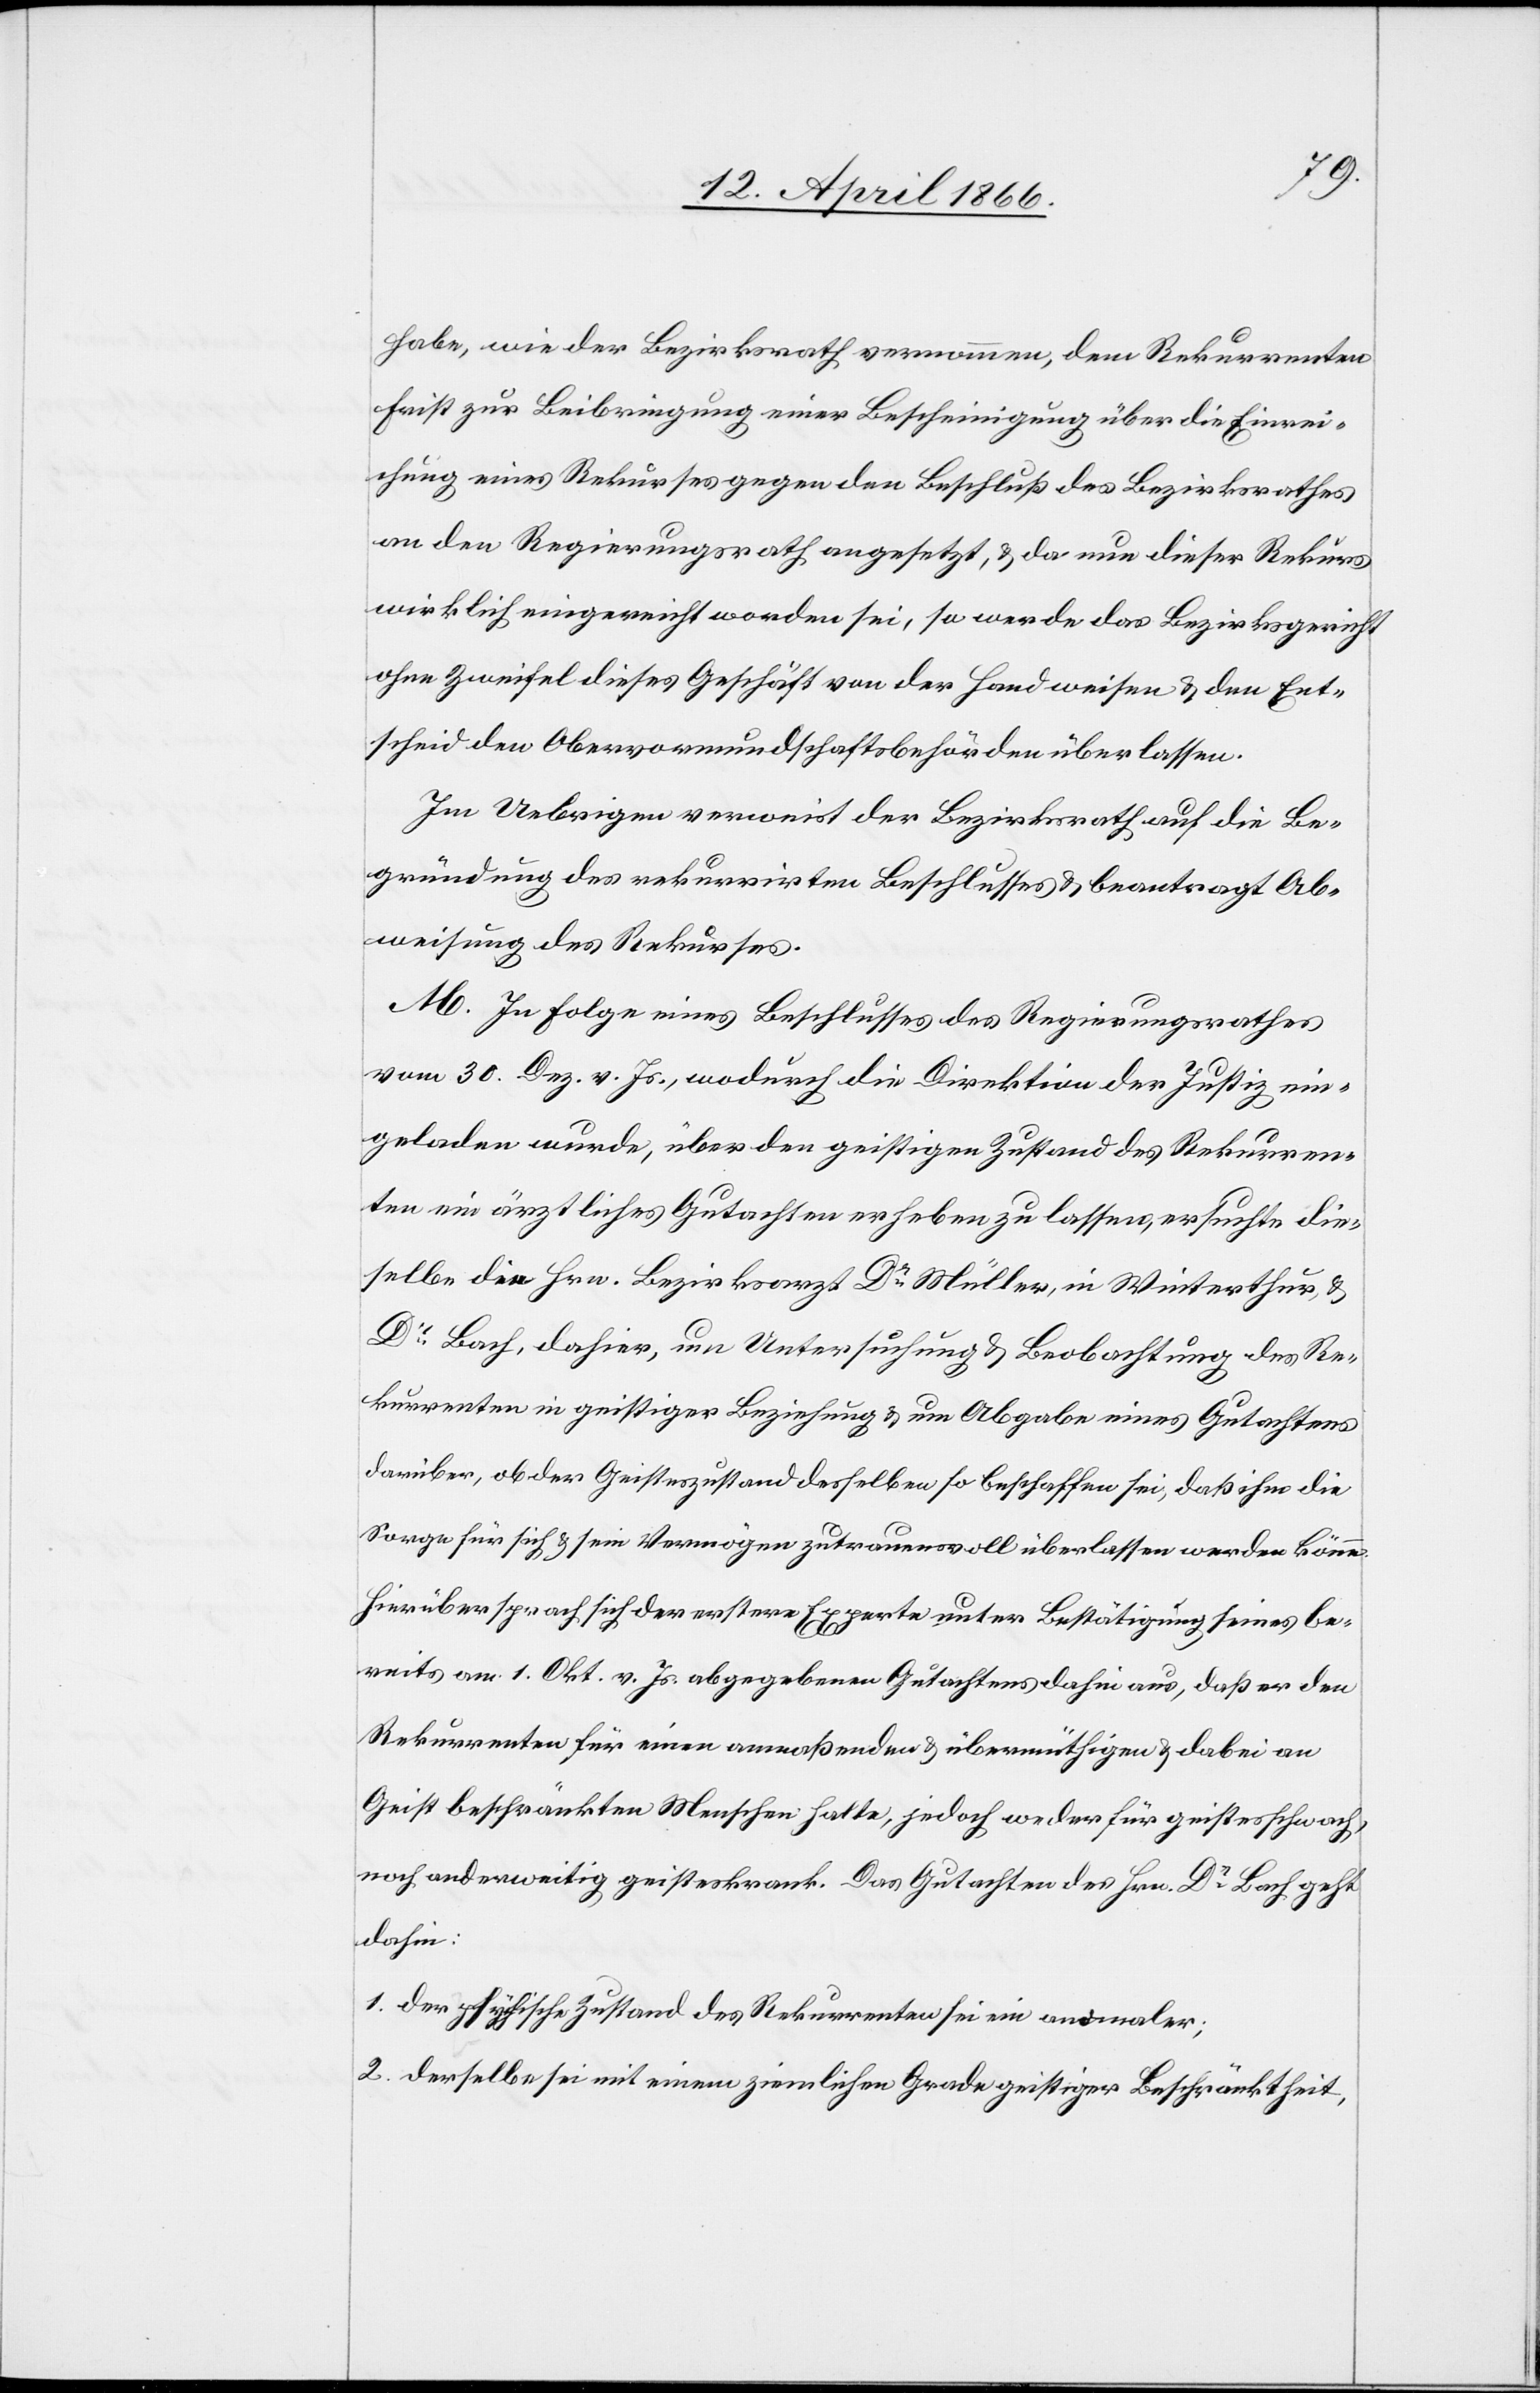
habe, wie der Bezirksrath vernommen, dem Rekurrenten
Frist zur Beibringung einer Bescheinigung über die Einrei¬
chung eines Rekurses gegen den Beschluß des Bezirksrathes
an den Regierungsrath angesetzt, u. da nun dieser Rekurs
wirklich eingereicht worden sei, so werde das Bezirksgericht
ohne Zweifel dieses Geschäft von der Hand weisen u. den Ent¬
scheid den Obervormundschaftsbehörden überlassen.
Im Uebrigen verweist der Bezirksrath auf die Be¬
gründung des rekurrirten Beschlusses u. beantragt Ab¬
weisung des Rekurses.
M. In Folge eines Beschlusses des Regierungsrathes
vom 30. Dez. v. Js., wodurch die Direktion der Justiz ein¬
geladen wurde, über den geistigen Zustand des Rekurren¬
ten ein ärztliches Gutachten erheben zu lassen, ersuchte die¬
selbe die Hrn. Bezirksarzt Dr. Müller, in Winterthur u.
Dr. Bach, dahier, um Untersuchung u. Beobachtung des Re¬
kurrenten in geistiger Beziehung u. um Abgabe eines Gutachtens
darüber, ob der Geisteszustand desselben so beschaffen sei, daß ihm die
Sorge für sich u. sein Vermögen zutrauensvoll überlassen werden könne.
Hierüber sprach sich der erstere Experte unter Bestätigung seines be¬
reits am 1. Okt. v. Js. abgegebenen Gutachtens dahin aus, daß er den
Rekurrenten für einen anmaßenden u. übermütigen u. dabei an
Geist beschränkten Menschen halte, jedoch weder für geistesschwach,
noch anderweitig geisteskrank. Das Gutachten des Dr. Bach geht
dahin:
1. der psychische Zustand des Rekurrenten sei ein anormaler;
2. derselbe sei mit einem ziemlichen Grade geistiger Beschränktheit,